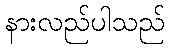
နားလည်ပါသည်